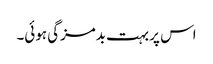
اس پر بہت بدمزگی ہوئی۔